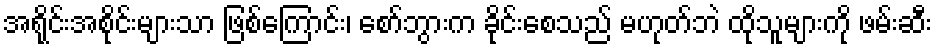
အရိုင်းအစိုင်းများသာ ဖြစ်ကြောင်း၊ စော်ဘွားက ခိုင်းစေသည် မဟုတ်ဘဲ ထိုသူများကို ဖမ်းဆီး